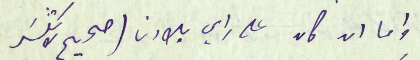
واما ان كان على راي بلادنا (صحيح لا تكسَر